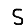
Digit: 5